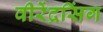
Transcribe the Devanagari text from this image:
वीरेंद्रसिंग